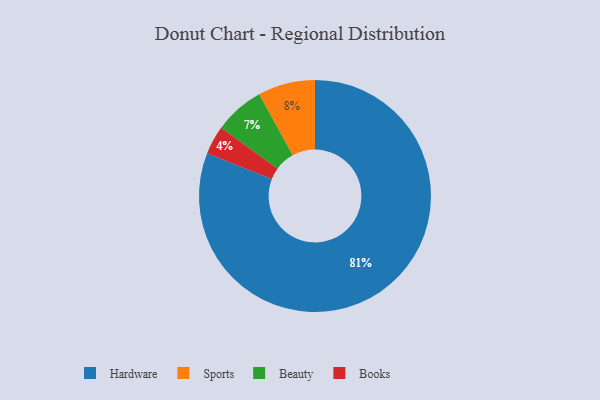
{"axis": {"x": "Category", "y": "Percentage"}, "legend": ["Beauty", "Books", "Hardware", "Sports"], "data": [{"x": "Hardware", "y": 81, "type": "Hardware"}, {"x": "Books", "y": 4, "type": "Books"}, {"x": "Sports", "y": 8, "type": "Sports"}, {"x": "Beauty", "y": 7, "type": "Beauty"}]}